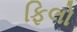
ફિલો